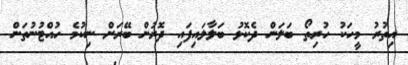
އިތުރު މީހަކު ހުރިތޯ ބަލަން ދެކޮޅު ބަލާލައިފައި ދޮރުން ބޭރަށް ނިކުމެ ހުއްޓުނުތަން